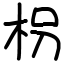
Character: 枴